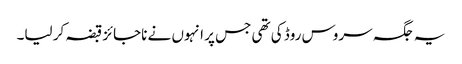
یہ جگہ سروس روڈ کی تھی جس پر انہوں نے ناجائز قبضہ کر لیا۔